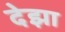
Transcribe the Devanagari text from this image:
देझा